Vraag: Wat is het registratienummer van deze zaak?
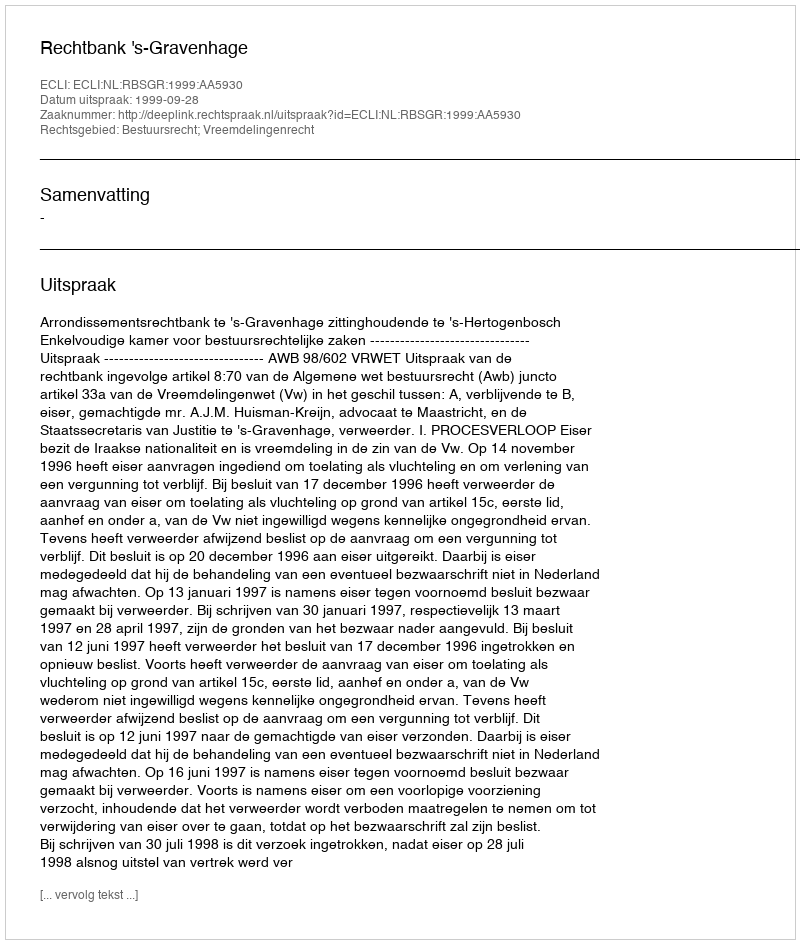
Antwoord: http://deeplink.rechtspraak.nl/uitspraak?id=ECLI:NL:RBSGR:1999:AA5930